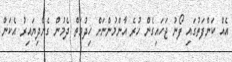
އެއް ކަންފަތުގައި ފޯނު ޖަހައިގެން ހުރެ އާންމުންނަށް ހިދުމަތް ދެމުން ގެންދިޔައިރު އެކަން